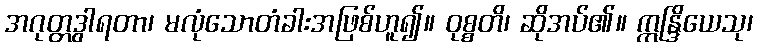
အဂုတ္တဒွါရတာ၊ မလုံသောတံခါးအဖြစ်ဟူ၍။ ဝုစ္စတိ၊ ဆိုအပ်၏။ ဣန္ဒြိယေသု၊